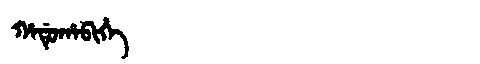
Manchu: ᡥᠠᡩᡠᡥᠠᠪᡳᡥᡝ
Romanization: HADUHABIHE